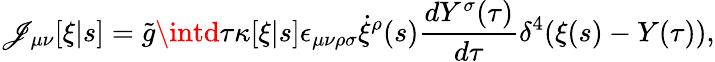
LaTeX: \mathscr{J}_{\mu\nu}[\xi|s]=\tilde{{g}}\intd\tau\kappa[\xi|s]\epsilon_{\mu\nu\rho\sigma}\dot{{\xi}}^{\rho}(s)\frac{{dY^{\sigma}(\tau)}}{{d\tau}}\delta^{4}(\xi(s)-Y(\tau)),